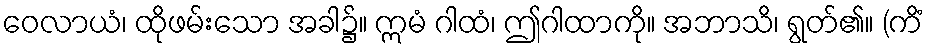
ဝေလာယံ၊ ထိုဖမ်းသော အခါ၌။ ဣမံ ဂါထံ၊ ဤဂါထာကို။ အဘာသိ၊ ရွတ်၏။ (ကိံ